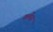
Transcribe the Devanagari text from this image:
क्लेंस